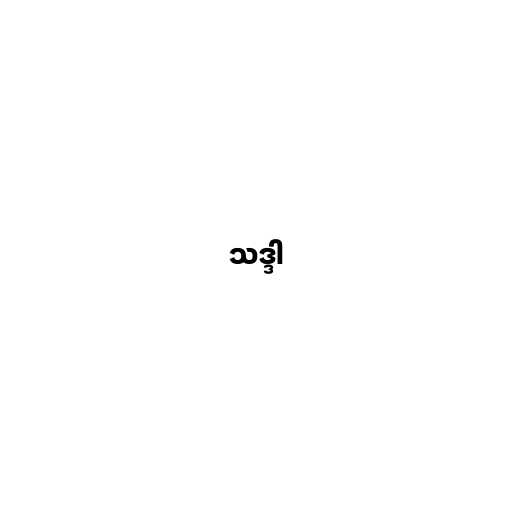
သဒ္ဒါ